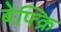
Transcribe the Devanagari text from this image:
बेफ्क्रि